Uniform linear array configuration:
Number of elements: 32
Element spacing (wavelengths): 1
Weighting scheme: hamming
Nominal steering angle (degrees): -15
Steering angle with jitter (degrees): -14.587
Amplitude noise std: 0.05
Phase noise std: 0.05

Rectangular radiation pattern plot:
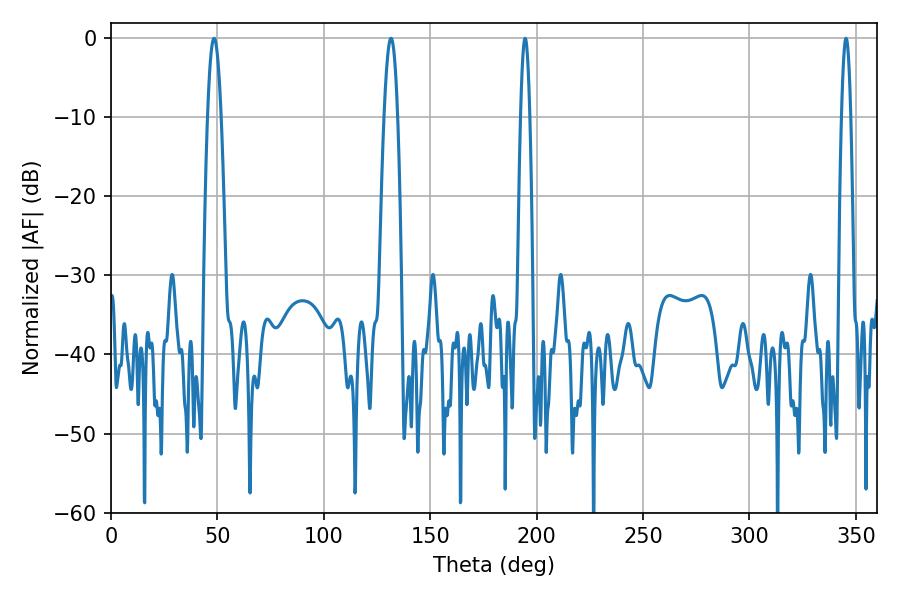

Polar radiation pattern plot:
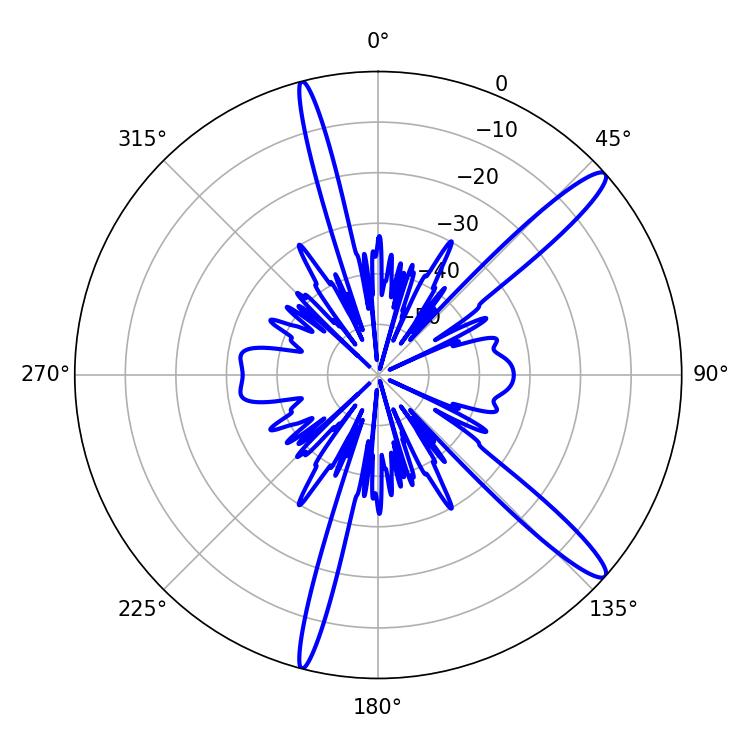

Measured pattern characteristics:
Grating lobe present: TRUE
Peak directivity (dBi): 14.16
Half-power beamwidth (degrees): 3.42
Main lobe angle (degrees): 48.42